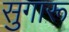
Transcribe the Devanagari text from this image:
सुगारू